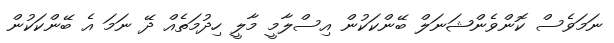
ނަމަވެސް ކޮންވެންޝަނަލް ބޭންކަކުން އިސްލާމީ މާލީ ހިދުމަތެއް ދޭ ނަމަ އެ ބޭންކަކުން